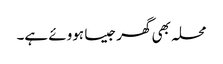
محلہ بھی گھر جیسا ہووئے ہے۔